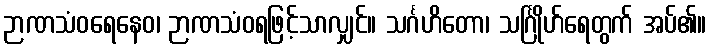
ဉာဏသံဝရေနေဝ၊ ဉာဏသံဝရဖြင့်သာလျှင်။ သင်္ဂဟိတော၊ သင်္ဂြိုဟ်ရေတွက် အပ်၏။